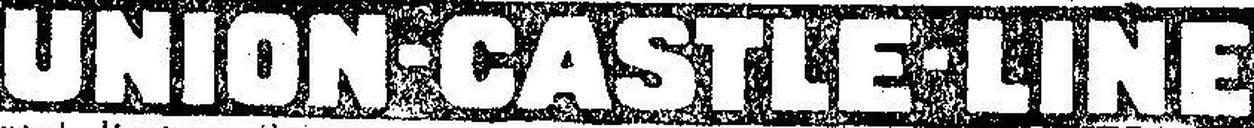
UNION-CASTLE-LINE